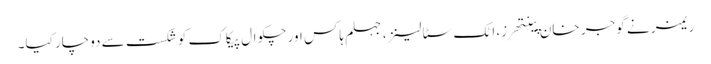
ریمز نے گوجر خان پینتھرز، اٹک سٹالینز، جہلم ہاکس اور چکوال پیکاک کو شکست سے دوچار کیا۔